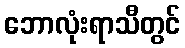
ဘောလုံးရာသီတွင်